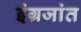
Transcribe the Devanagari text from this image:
इंग्रजांत